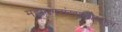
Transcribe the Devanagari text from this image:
महानगरांखालोखाल